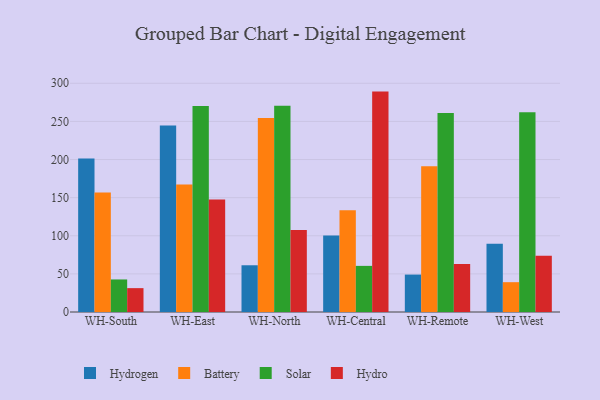
{"axis": {"x": "Warehouse", "y": "Satisfaction Score"}, "legend": ["Battery", "Hydro", "Hydrogen", "Solar"], "data": [{"x": "WH-South", "y": 201.2, "type": "Hydrogen"}, {"x": "WH-South", "y": 156.7, "type": "Battery"}, {"x": "WH-South", "y": 42.7, "type": "Solar"}, {"x": "WH-South", "y": 31.3, "type": "Hydro"}, {"x": "WH-East", "y": 244.6, "type": "Hydrogen"}, {"x": "WH-East", "y": 167.2, "type": "Battery"}, {"x": "WH-East", "y": 270.1, "type": "Solar"}, {"x": "WH-East", "y": 147.7, "type": "Hydro"}, {"x": "WH-North", "y": 61.3, "type": "Hydrogen"}, {"x": "WH-North", "y": 254.6, "type": "Battery"}, {"x": "WH-North", "y": 270.4, "type": "Solar"}, {"x": "WH-North", "y": 107.6, "type": "Hydro"}, {"x": "WH-Central", "y": 100.4, "type": "Hydrogen"}, {"x": "WH-Central", "y": 133.4, "type": "Battery"}, {"x": "WH-Central", "y": 60.5, "type": "Solar"}, {"x": "WH-Central", "y": 289.1, "type": "Hydro"}, {"x": "WH-Remote", "y": 49.1, "type": "Hydrogen"}, {"x": "WH-Remote", "y": 191.3, "type": "Battery"}, {"x": "WH-Remote", "y": 261.0, "type": "Solar"}, {"x": "WH-Remote", "y": 63.0, "type": "Hydro"}, {"x": "WH-West", "y": 89.4, "type": "Hydrogen"}, {"x": "WH-West", "y": 39.1, "type": "Battery"}, {"x": "WH-West", "y": 262.0, "type": "Solar"}, {"x": "WH-West", "y": 73.7, "type": "Hydro"}]}